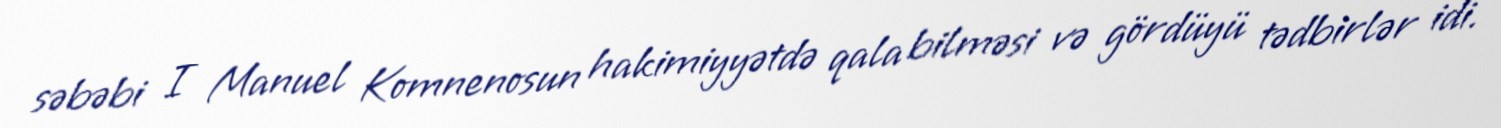
səbəbi I Manuel Komnenosun hakimiyyətdə qala bilməsi və gördüyü tədbirlər idi.